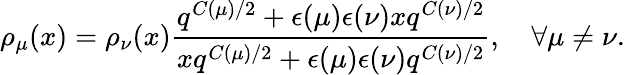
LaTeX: \rho_{\mu}(x)=\rho_{\nu}(x)\frac{q^{C(\mu)/2}+\epsilon(\mu)\epsilon(\nu)xq^{C(\nu)/2}}{xq^{C(\mu)/2}+\epsilon(\mu)\epsilon(\nu)q^{C(\nu)/2}},~~~~\forall\mu\neq\nu.